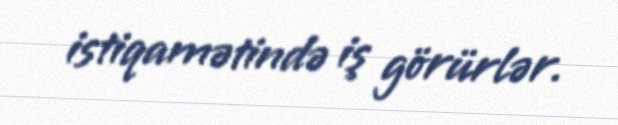
istiqamətində iş görürlər.